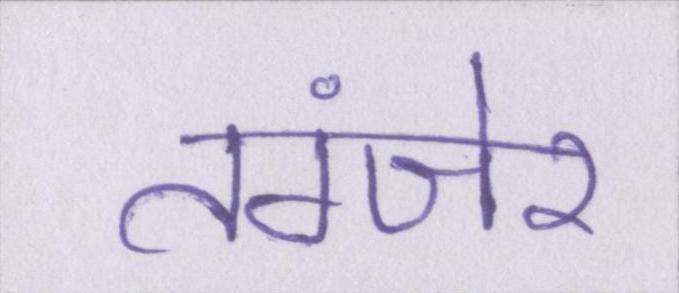
तंग्जेर